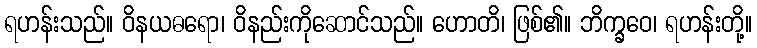
ရဟန်းသည်။ ဝိနယဓရော၊ ဝိနည်းကိုဆောင်သည်။ ဟောတိ၊ ဖြစ်၏။ ဘိက္ခဝေ၊ ရဟန်းတို့။